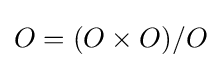
O=(O\times O)/O